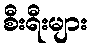
စီးရီးများ